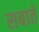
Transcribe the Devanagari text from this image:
सबाते